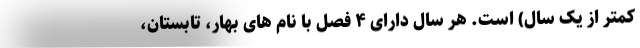
کمتر از یک سال) است. هر سال دارای ۴ فصل با نام های بهار، تابستان،